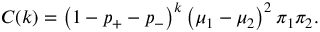
C ( k ) = \left( 1 - p _ { + } - p _ { - } \right) ^ { k } \left( \mu _ { 1 } - \mu _ { 2 } \right) ^ { 2 } \pi _ { 1 } \pi _ { 2 } .